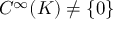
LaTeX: C ^ { \infty } ( K ) \neq \{ 0 \}